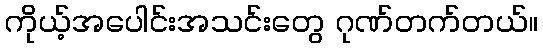
ကိုယ့်အပေါင်းအသင်းတွေ ဂုဏ်တက်တယ်။